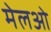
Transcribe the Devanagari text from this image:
मेलओ